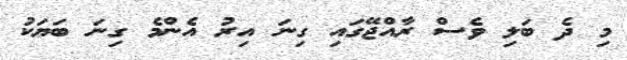
މި ދެ ބަލި ވެސް ރާއްޖޭގައި ގިނަ އިރު އެންމެ ގިނަ ބަޔަކު